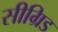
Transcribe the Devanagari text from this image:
सीग्रिड